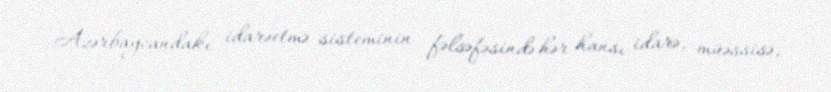
Azərbaycandakı idarəetmə sisteminin fəlsəfəsində hər hansı idarə, müəssisə,